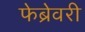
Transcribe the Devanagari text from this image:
फेब्रेवरी